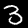
Digit: 3